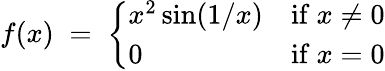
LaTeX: f(x)\; =\; {\left\{ \begin{array}{ll}{x^{2}\sin(1/x)}&{{\mathrm{if~}}x\neq 0}\\ {0}&{{\mathrm{if~}}x=0}\end{array}\right.}